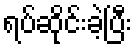
ရပ်ဆိုင်းခဲ့ပြီး